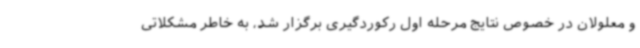
و معلولان در خصوص نتایج مرحله اول رکوردگیری برگزار شد، به خاطر مشکلاتی